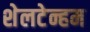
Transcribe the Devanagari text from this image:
शेलटेन्हम